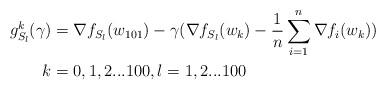
LaTeX: \begin{align*}\begin{aligned}g_{S_l}^k(\gamma) &= \nabla f_{S_l}(w_{101})-\gamma(\nabla f_{S_l}(w_{k})-\frac{1}{n}\sum_{i=1}^n \nabla f_i(w_k)) \\k&=0,1,2...100,l=1,2...100\end{aligned}\end{align*}